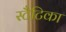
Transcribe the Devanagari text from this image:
स्टैटिका